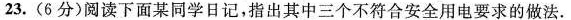
23.(6分)阅读下面某同学日记，指出其中三个不符合安全用电要求的做法.